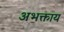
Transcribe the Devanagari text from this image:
अभक्ताय